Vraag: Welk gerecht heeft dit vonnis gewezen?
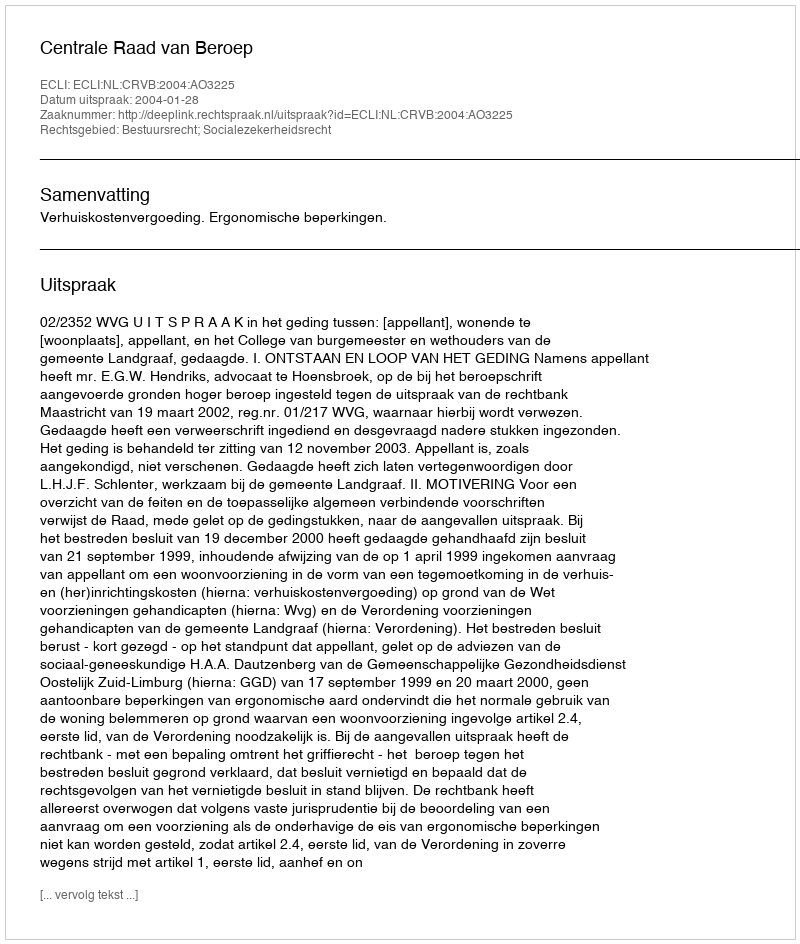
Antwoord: Centrale Raad van Beroep